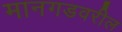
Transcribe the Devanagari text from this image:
मानगडवरील